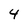
Character: 4